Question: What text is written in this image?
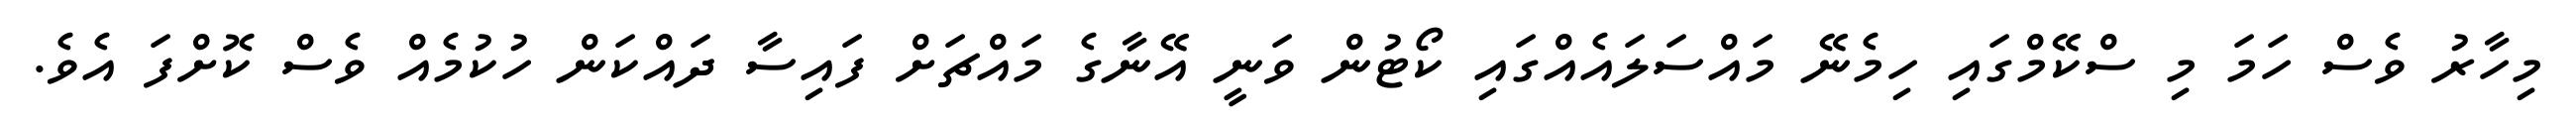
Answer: މިހާރު ވެސް ހަމަ މި ސްކޭމްގައި ހިމެނޭ މައްސަލައެއްގައި ކޯޓުން ވަނީ އޭނާގެ މައްޗަށް ފައިސާ ދައްކަން ހުކުމެއް ވެސް ކޮށްފަ އެވެ.